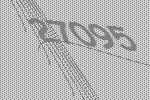
27095